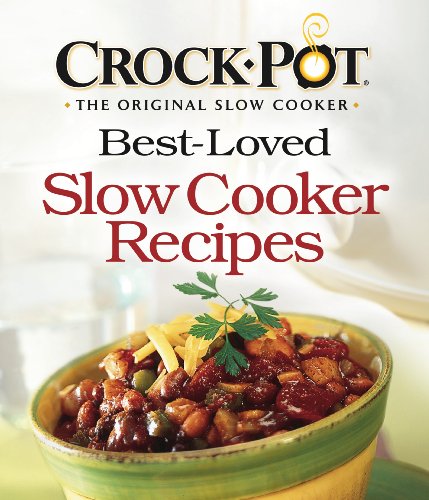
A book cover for Crock-Pot Best-Loved Slow Cooker Recipes; Editors of Favorite Brand Name Recipes; Cookbooks, Food & Wine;